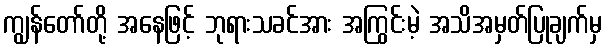
ကျွန်တော်တို့ အနေဖြင့် ဘုရားသခင်အား အကြွင်းမဲ့ အသိအမှတ်ပြုချက်မှ